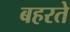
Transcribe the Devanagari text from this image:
बहरते